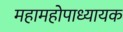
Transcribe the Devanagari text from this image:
महामहोपाध्यायक